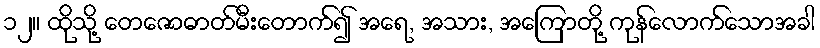
၁၂။ ထိုသို့ တေဇောဓာတ်မီးတောက်၍ အရေ, အသား, အကြောတို့ ကုန်လောက်သောအခါ